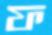
ফ